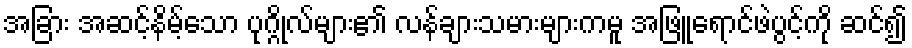
အခြား အဆင့်နိမ့်သော ပုဂ္ဂိုလ်များ၏ လန်ချားသမားများကမူ အဖြူရောင်ဖဲပွင့်ကို ဆင်၍